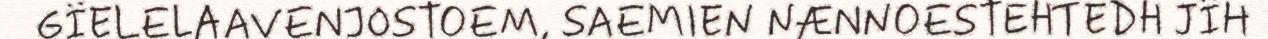
GÏELELAAVENJOSTOEM, SAEMIEN NÆNNOESTEHTEDH JÏH